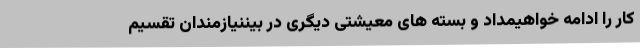
کار را ادامه خواهیمداد و بسته های معیشتی دیگری در بیننیازمندان تقسیم